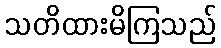
သတိထားမိကြသည်